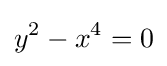
y^{2}-x^{4}=0